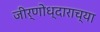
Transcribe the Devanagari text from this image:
जीर्णोध्दाराच्या